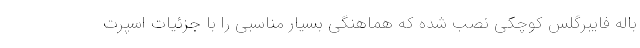
باله فایبرگلس کوچکی نصب شده که هماهنگی بسیار مناسبی را با جزئیات اسپرت